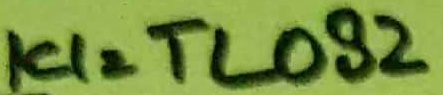
Text: IC1=TL082